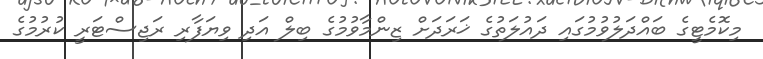
މިކޮމެޓީގެ ބައްދަލުވުމުގައި ދައުލަތުގެ ޚަރަދަށް ޒިންމާވުމުގެ ބިލް އަދި ވިޔަފާރި ރަޖިސްޓަރީ ކުރުމުގެ